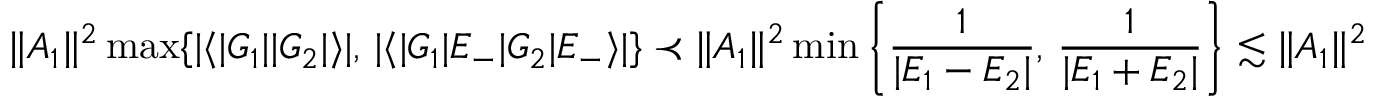
\Vert A _ { 1 } \Vert ^ { 2 } \operatorname* { m a x } \{ | \langle | G _ { 1 } | | G _ { 2 } | \rangle | , \, | \langle | G _ { 1 } | E _ { - } | G _ { 2 } | E _ { - } \rangle | \} \prec \Vert A _ { 1 } \Vert ^ { 2 } \operatorname* { m i n } \left\{ \frac { 1 } { | E _ { 1 } - E _ { 2 } | } , \, \frac { 1 } { | E _ { 1 } + E _ { 2 } | } \right\} \lesssim \Vert A _ { 1 } \Vert ^ { 2 }